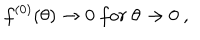
LaTeX: f ^ { ( 0 ) } ( \theta ) \to 0 \ f o r \ \theta \to 0 \ ,